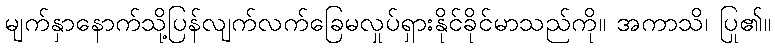
မျက်နှာနောက်သို့ပြန်လျက်လက်ခြေမလှုပ်ရှားနိုင်ခိုင်မာသည်ကို။ အကာသိ၊ ပြု၏။